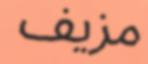
مزيف